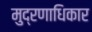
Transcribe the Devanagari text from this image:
मुद्रणाधिकार